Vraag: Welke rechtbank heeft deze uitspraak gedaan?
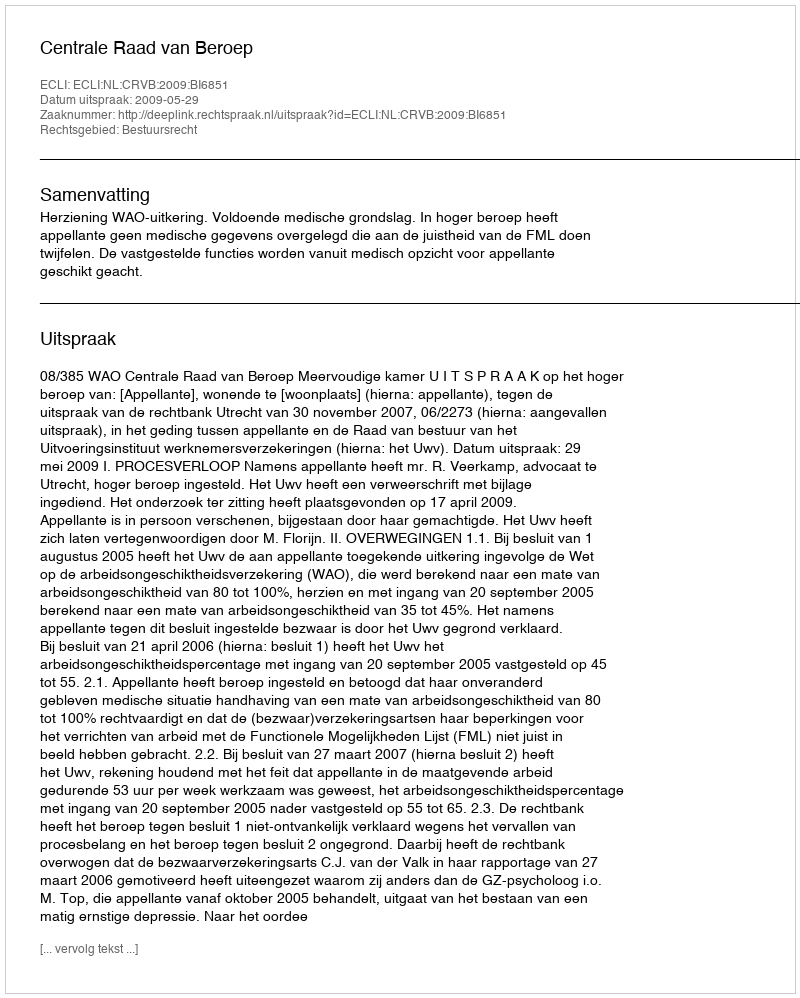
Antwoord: Centrale Raad van Beroep